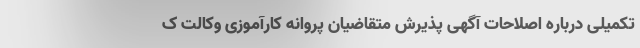
تکمیلی درباره اصلاحات آگهی پذیرش متقاضیان پروانه کارآموزی وکالت ک